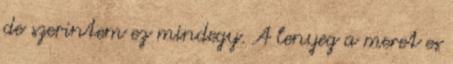
de szerintem ez mindegy. A lenyeg a meret es